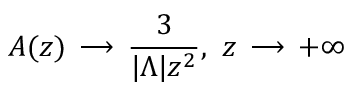
A ( z ) \, \longrightarrow \, \frac { 3 } { | { \Lambda } | z ^ { 2 } } , ~ z \, \longrightarrow \, + \infty